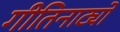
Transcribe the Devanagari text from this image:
गीतिनाट्यों